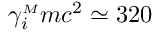
\gamma _ { i } ^ { { \scriptscriptstyle M } } m c ^ { 2 } \simeq 3 2 0